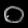
Digit: ၀